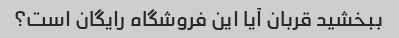
ببخشید قربان آیا این فروشگاه رایگان است؟